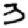
Digit: 3